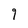
Character: 9